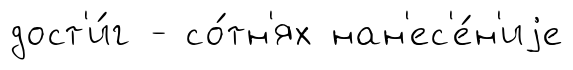
дост'и́г - со́тн'ях нан'ес'е́н'иjе